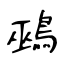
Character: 鵐